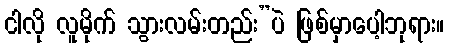
ငါလို လူမိုက် သွားလမ်းတည်း”ပဲ ဖြစ်မှာပေါ့ဘုရား။